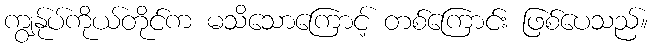
ကျွန်ုပ်ကိုယ်တိုင်က မသိသောကြောင့် တစ်ကြောင်း ဖြစ်ပေသည်။